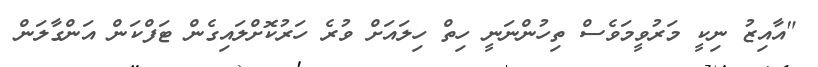
"އާއިޒު ނިކީ މަރުވީމަވެސް ތިހުންނަނީ ހިތް ހިލައަށް ވުރެ ހަރުކޮށްލައިގެން ޓަފްކަން އަންގާލަން